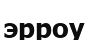
эрроу